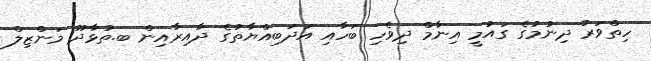
ހިތްވަރު ދިނުމުގެ ގައުމީ އިނާމް ދިވެހި ބަހާއި އަދަބިއްޔާތުގެ ދާއިރާއިން ބ.ތުޅާދޫ މަންޒިލް